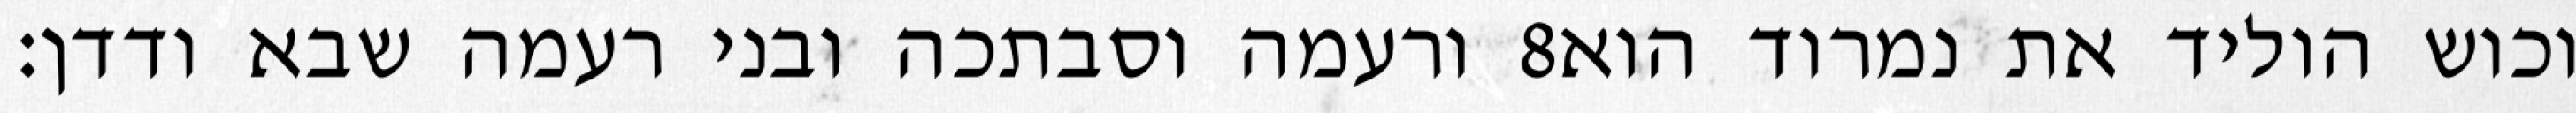
ורעמה וסבתכה ובני רעמה שבא ודדן׃ ‎8‏ וכוש הוליד את נמרוד הוא